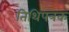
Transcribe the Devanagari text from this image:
तिथिपत्रक